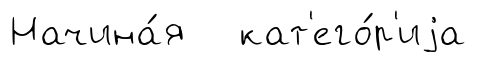
Начина́я кат'его́р'иjа